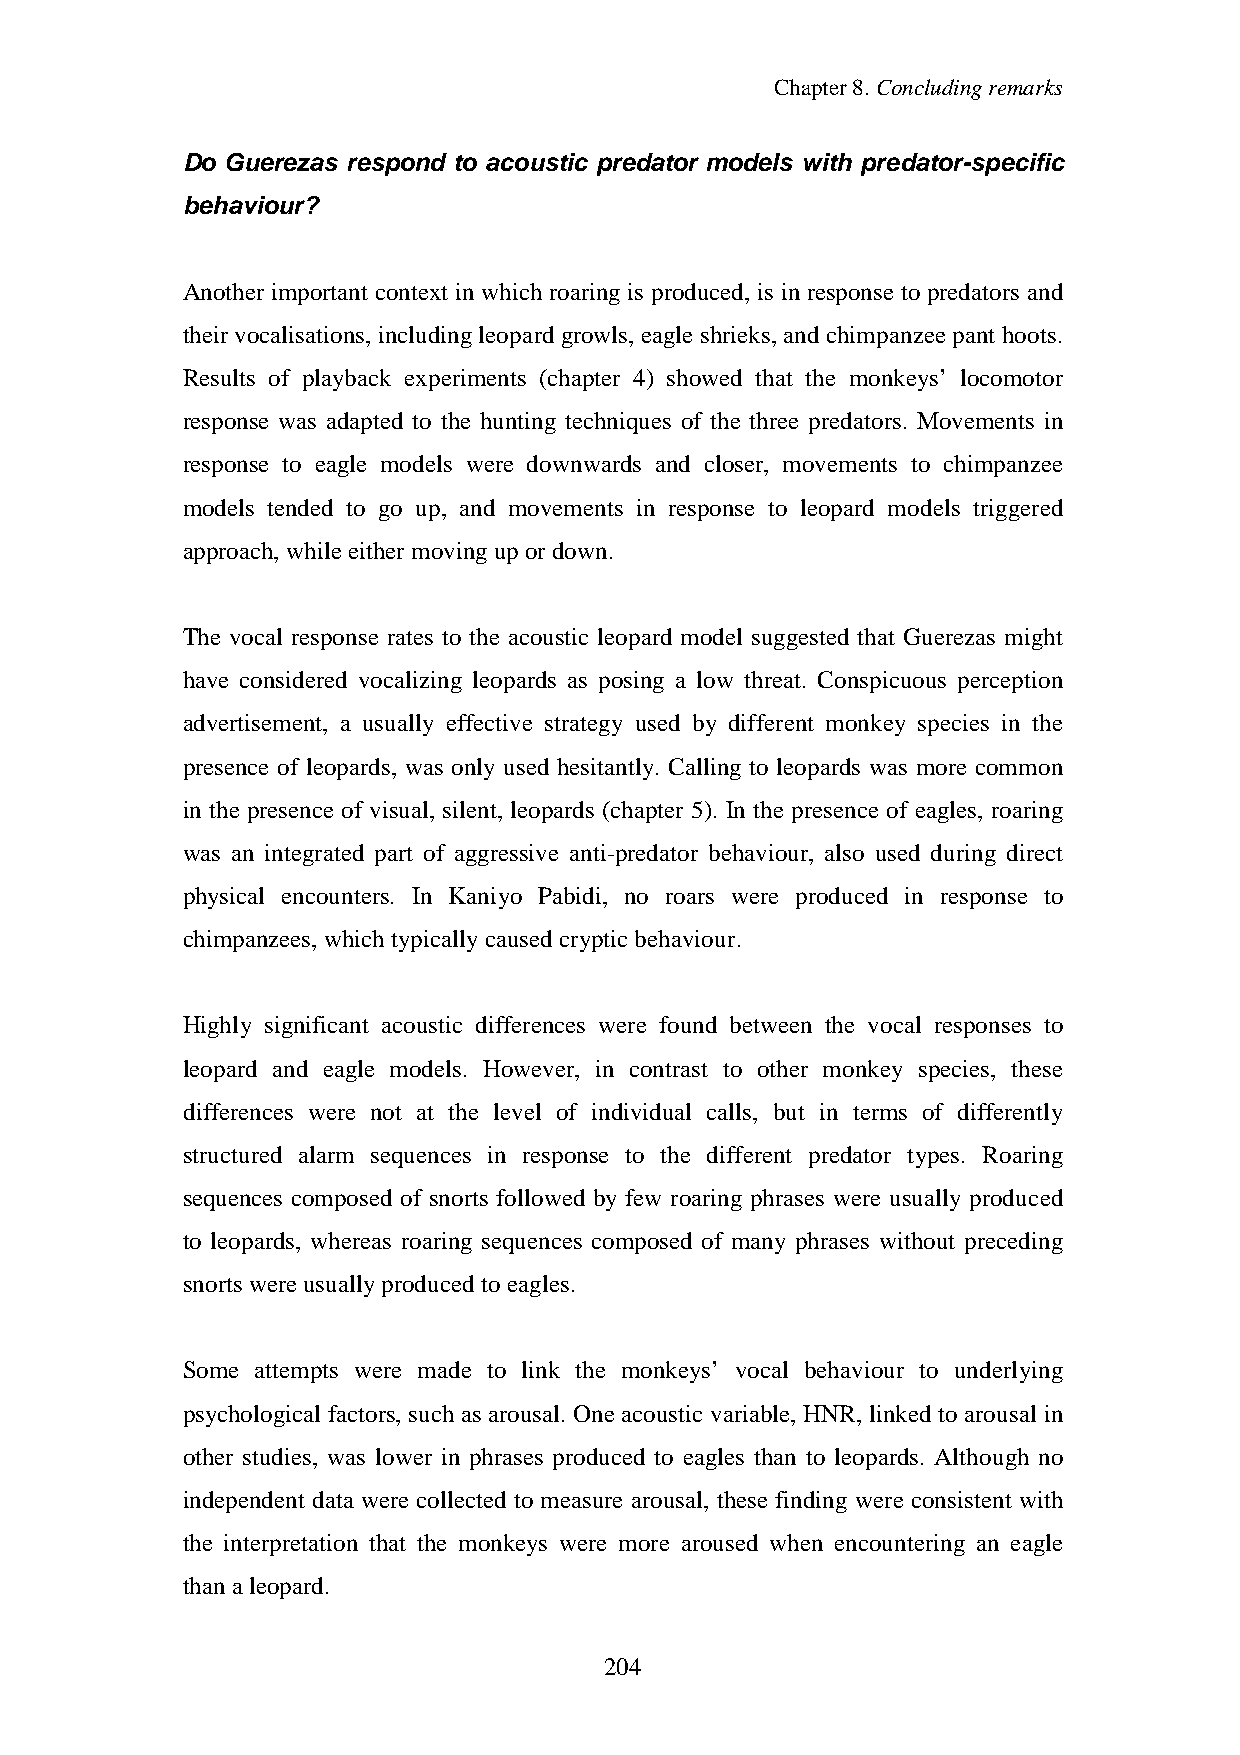
Chapter8.Concludingremarks
 Do Guerezas respond to acoustic predator models with predator-specific
 behaviour?
 Another important context in which roaring is produced, is in response to predators and
 their vocalisations, includingleopard growls, eagle shrieks, and chimpanzee pant hoots.
 Results of playback experiments (chapter 4) showed that the monkeys’ locomotor
 response was adapted to the hunting techniques of the three predators. Movements in
 response to eagle models were downwards and closer, movements to chimpanzee
 models tended to go up, and movements in response to leopard models triggered
 approach, whileeithermovingupordown.
 The vocal response rates to the acoustic leopard model suggested that Guerezas might
 have considered vocalizing leopards as posing a low threat. Conspicuous perception
 advertisement, a usually effective strategy used by different monkey species in the
 presence of leopards, was only used hesitantly. Calling to leopards was more common
 in the presence of visual, silent, leopards (chapter 5). In the presence of eagles, roaring
 was an integrated part of aggressive anti-predator behaviour, also used during direct
 physical encounters. In Kaniyo Pabidi, no roars were produced in response to
 chimpanzees, whichtypicallycaused crypticbehaviour.
 Highly significant acoustic differences were found between the vocal responses to
 leopard and eagle models. However, in contrast to other monkey species, these
 differences were not at the level of individual calls, but in terms of differently
 structured alarm sequences in response to the different predator types. Roaring
 sequences composed of snorts followed by few roaring phrases were usually produced
 to leopards, whereas roaring sequences composed of many phrases without preceding
 snorts wereusuallyproducedtoeagles.
 Some attempts were made to link the monkeys’ vocal behaviour to underlying
 psychological factors, such as arousal. One acoustic variable, HNR, linked to arousal in
 other studies, was lower in phrases produced to eagles than to leopards. Although no
 independent data were collected to measure arousal, these finding were consistent with
 the interpretation that the monkeys were more aroused when encountering an eagle
 thanaleopard.
 204